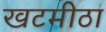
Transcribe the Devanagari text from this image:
खटमीठा